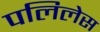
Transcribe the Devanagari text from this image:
पलिलेस